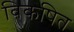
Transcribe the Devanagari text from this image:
विकषित